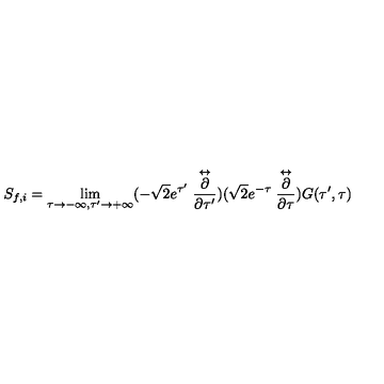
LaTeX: S _ { f , i } = \lim _ { \tau \rightarrow - \infty , \tau ^ { \prime } \rightarrow + \infty } ( - \sqrt { 2 } e ^ { \tau ^ { \prime } } \stackrel { \leftrightarrow } { \frac { \partial } { \partial \tau ^ { \prime } } } ) ( \sqrt { 2 } e ^ { - \tau } \stackrel { \leftrightarrow } { \frac { \partial } { \partial \tau } } ) G ( \tau ^ { \prime } , \tau )